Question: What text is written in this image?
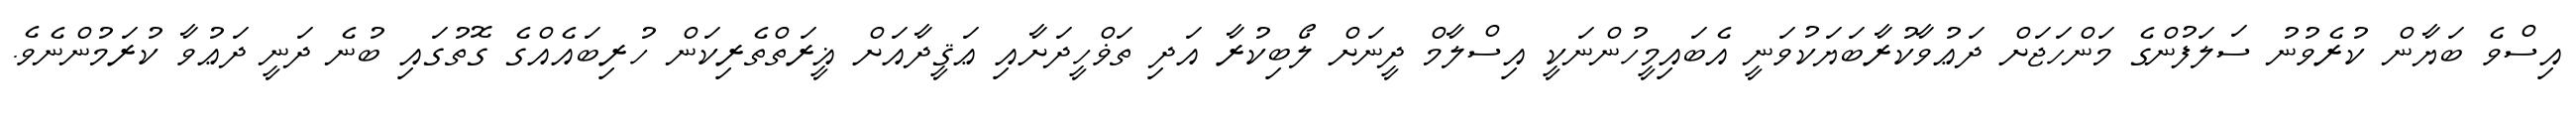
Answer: އިސްވެ ބަޔާން ކުރެވުނު ސަލަފުންގެ މަންހަޖަށް ދަޢުވާކުރާބަޔަކުވަނީ އެބައިމީހުންނަކީ އިސްލާމް ދީނަށް ލޯބިކުރާ އަދި ތަޥްހީދަށާއި ޢަޤީދާއަށް ޣީރަތްތެރިކަން ހުރިބައެއްގެ ގޮތުގައި ބުނެ ދަނީ ދަޢުވާ ކުރަމުންނެވެ.